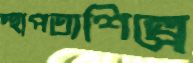
স্থাপত্যশিল্পে